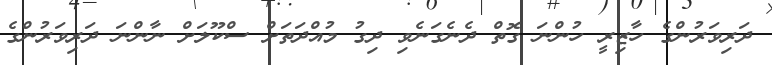
ދަރިވަރުންގެ ހާޒިރީ ހުންނަ ގޮތް ދެނެގަނެވި ދިގު މުއްދަތަށް ސްކޫލަށް ނާންނަ ދަރިވަރުންގެ